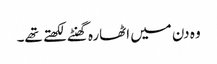
وہ دن میں اٹھارہ گھنٹے لکھتے تھے۔